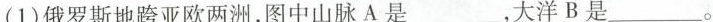
(1)俄罗斯地跨亚欧两洲，图中山脉A是___，大洋B是___。